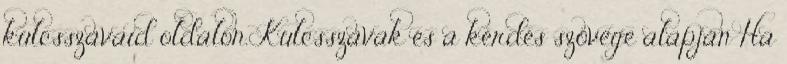
kulcsszavaid oldalon. Kulcsszavak és a kérdés szövege alapján Ha